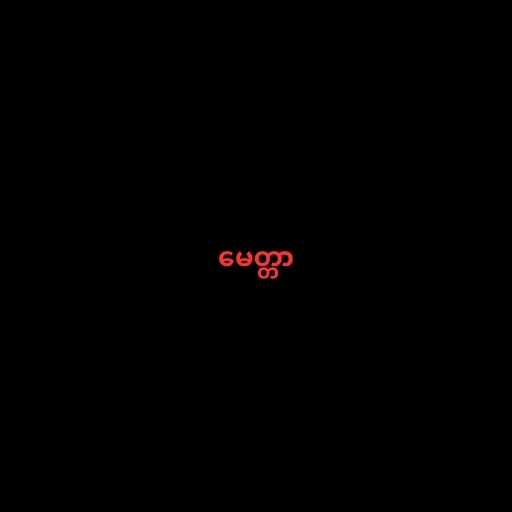
မေတ္တာ